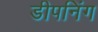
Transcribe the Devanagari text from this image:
डीपनिंग